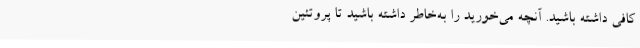
کافی داشته باشید. آنچه می‌خورید را به‌خاطر داشته باشید تا پروتئین